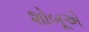
શોબૂએ